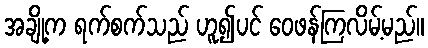
အချို့က ရက်စက်သည် ဟူ၍ပင် ဝေဖန်ကြလိမ့်မည်။